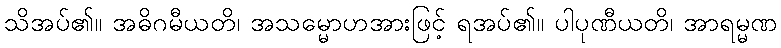
သိအပ်၏။ အဓိဂမီယတိ၊ အသမ္မောဟအားဖြင့် ရအပ်၏။ ပါပုဏီယတိ၊ အာရမ္မဏ